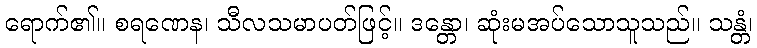
ရောက်၏။ စရဏေန၊ သီလသမာပတ်ဖြင့်။ ဒန္တော၊ ဆုံးမအပ်သောသူသည်။ သန္တံ၊